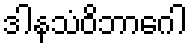
ဒါနသံဝိဘာဂေါ